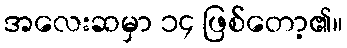
အလေးဆမှာ ၁၄ ဖြစ်တော့၏။